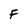
Character: F